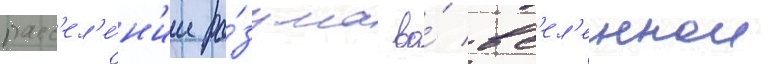
расс'ел'е́н'ии ра́зума во́ вс'ел'еннои